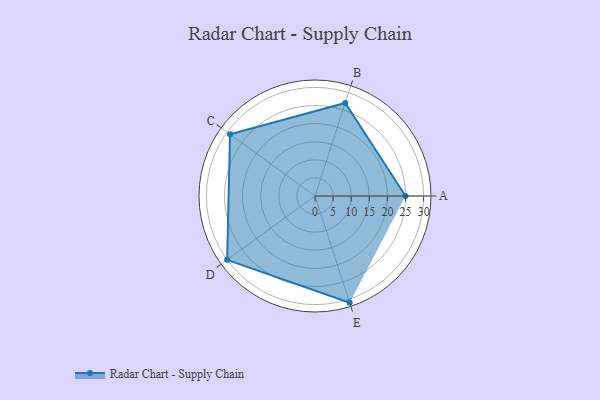
{"axis": {"x": "Skill", "y": "Score"}, "legend": ["Profile"], "data": [{"x": "A", "y": 25.0, "type": "Profile"}, {"x": "B", "y": 27.0, "type": "Profile"}, {"x": "C", "y": 29.0, "type": "Profile"}, {"x": "D", "y": 30.0, "type": "Profile"}, {"x": "E", "y": 31.0, "type": "Profile"}]}